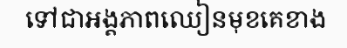
ទៅជាអង្គភាពឈៀនមុខគេខាង